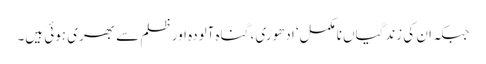
جبکہ ان کی زندگیاں نامکمل‘ ادھوری ، گناہ آلودہ اور ظلم سے بھری ہوئی ہیں۔